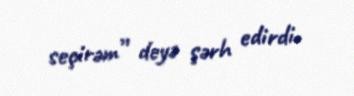
seçirəm” deyə şərh edirdi.